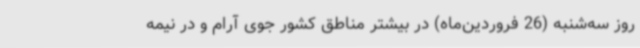
روز سه‌شنبه (26 فروردین‌ماه) در بیشتر مناطق کشور جوی آرام و در نیمه